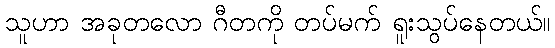
သူဟာ အခုတလော ဂီတကို တပ်မက် ရူးသွပ်နေတယ်။